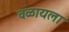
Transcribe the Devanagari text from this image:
वळायला